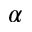
\alpha